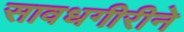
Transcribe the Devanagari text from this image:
सावधगीरीने